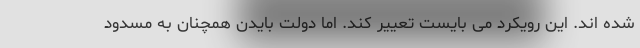
شده اند. این رویکرد می بایست تعییر کند. اما دولت بایدن همچنان به مسدود